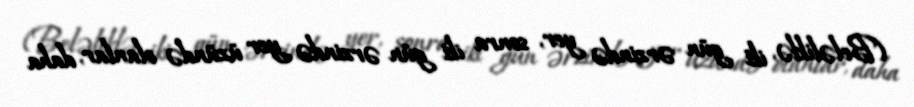
(Beləliklə, iki gün ərzində yer, sonra iki gün ərzində yer üzündə olanlar, daha